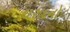
થરાદનો